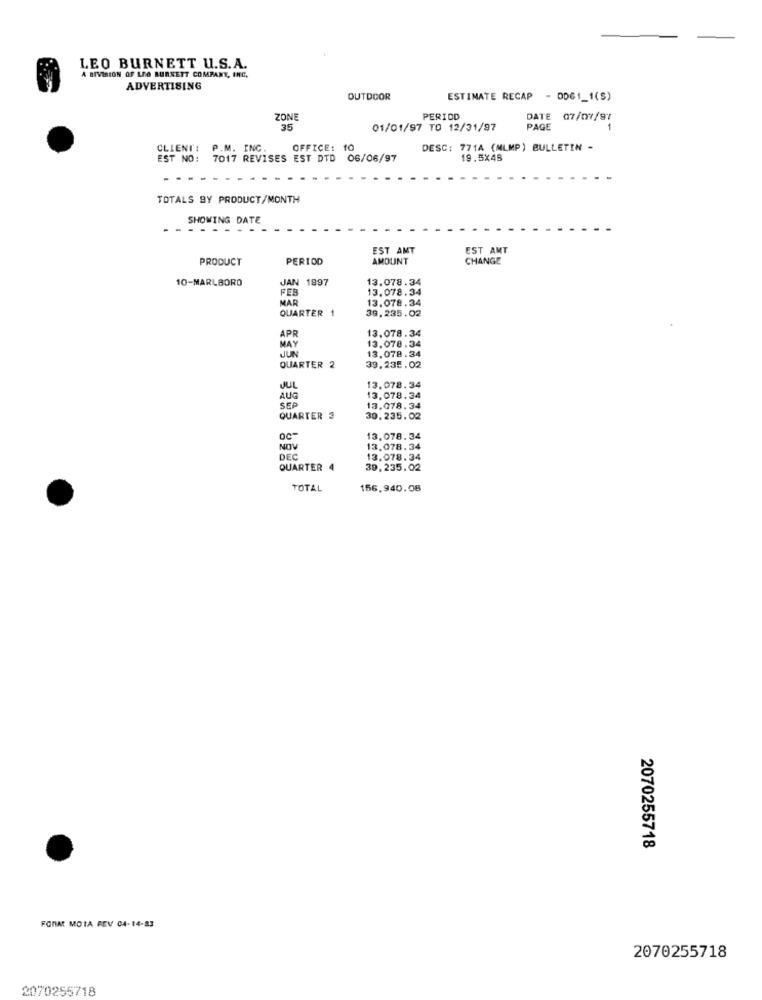
LEO BURNETT U.S.A.
A DIVISION OF LEO BURNETT COMPANY, INC.
ADVERTISING
OUTDOOR
ESTIMATE RECAP - OD61_1(S)
ZONE
PERIOD
DATE
07/07/91
35
01/01/97 TO 12/31/97
PAGE
CLIENT: P.M. INC.
OFFICE: 10
DESC: 771A (MLMP) BULLETIN -
EST NO:
7017 REVISES EST DTD 06/06/97
19.5X48
TOTALS BY PRODUCT/MONTH
SHOWING DATE
EST AMT
EST AMT
PRODUCT
PERIOD
AMOUNT
CHANGE
10-MARLBORO
JAN 1997
13.078.34
FER
13.078.34
MAR
13.078.34
QUARTER 1
39,235.02
13.078.34
MAY
APR
13.078.34
JUN
13,078.34
QUARTER 2
39.235.02
JUL
13.078.34
AUG
13.078.34
SEP
13.078.34
QUARTER 3
30.235.02
13.078.34
NOV
13.078.34
DEC
13.078.34
QUARTER 4
39.235.02
TOTAL
156.940.08
2070255718
FORAT MOTA REV 04-14-83
2070255718
2070255718